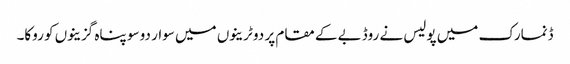
ڈنمارک میں پولیس نے روڈبے کے مقام پر دو ٹرینوں میں سوار دو سو پناہ گزینوں کو روکا۔